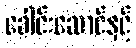
ခေါင်းဆောင်နှင့်